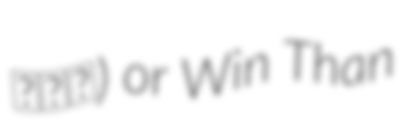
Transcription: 周永明) or Win Than